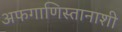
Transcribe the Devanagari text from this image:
अफगाणिस्तानाशी